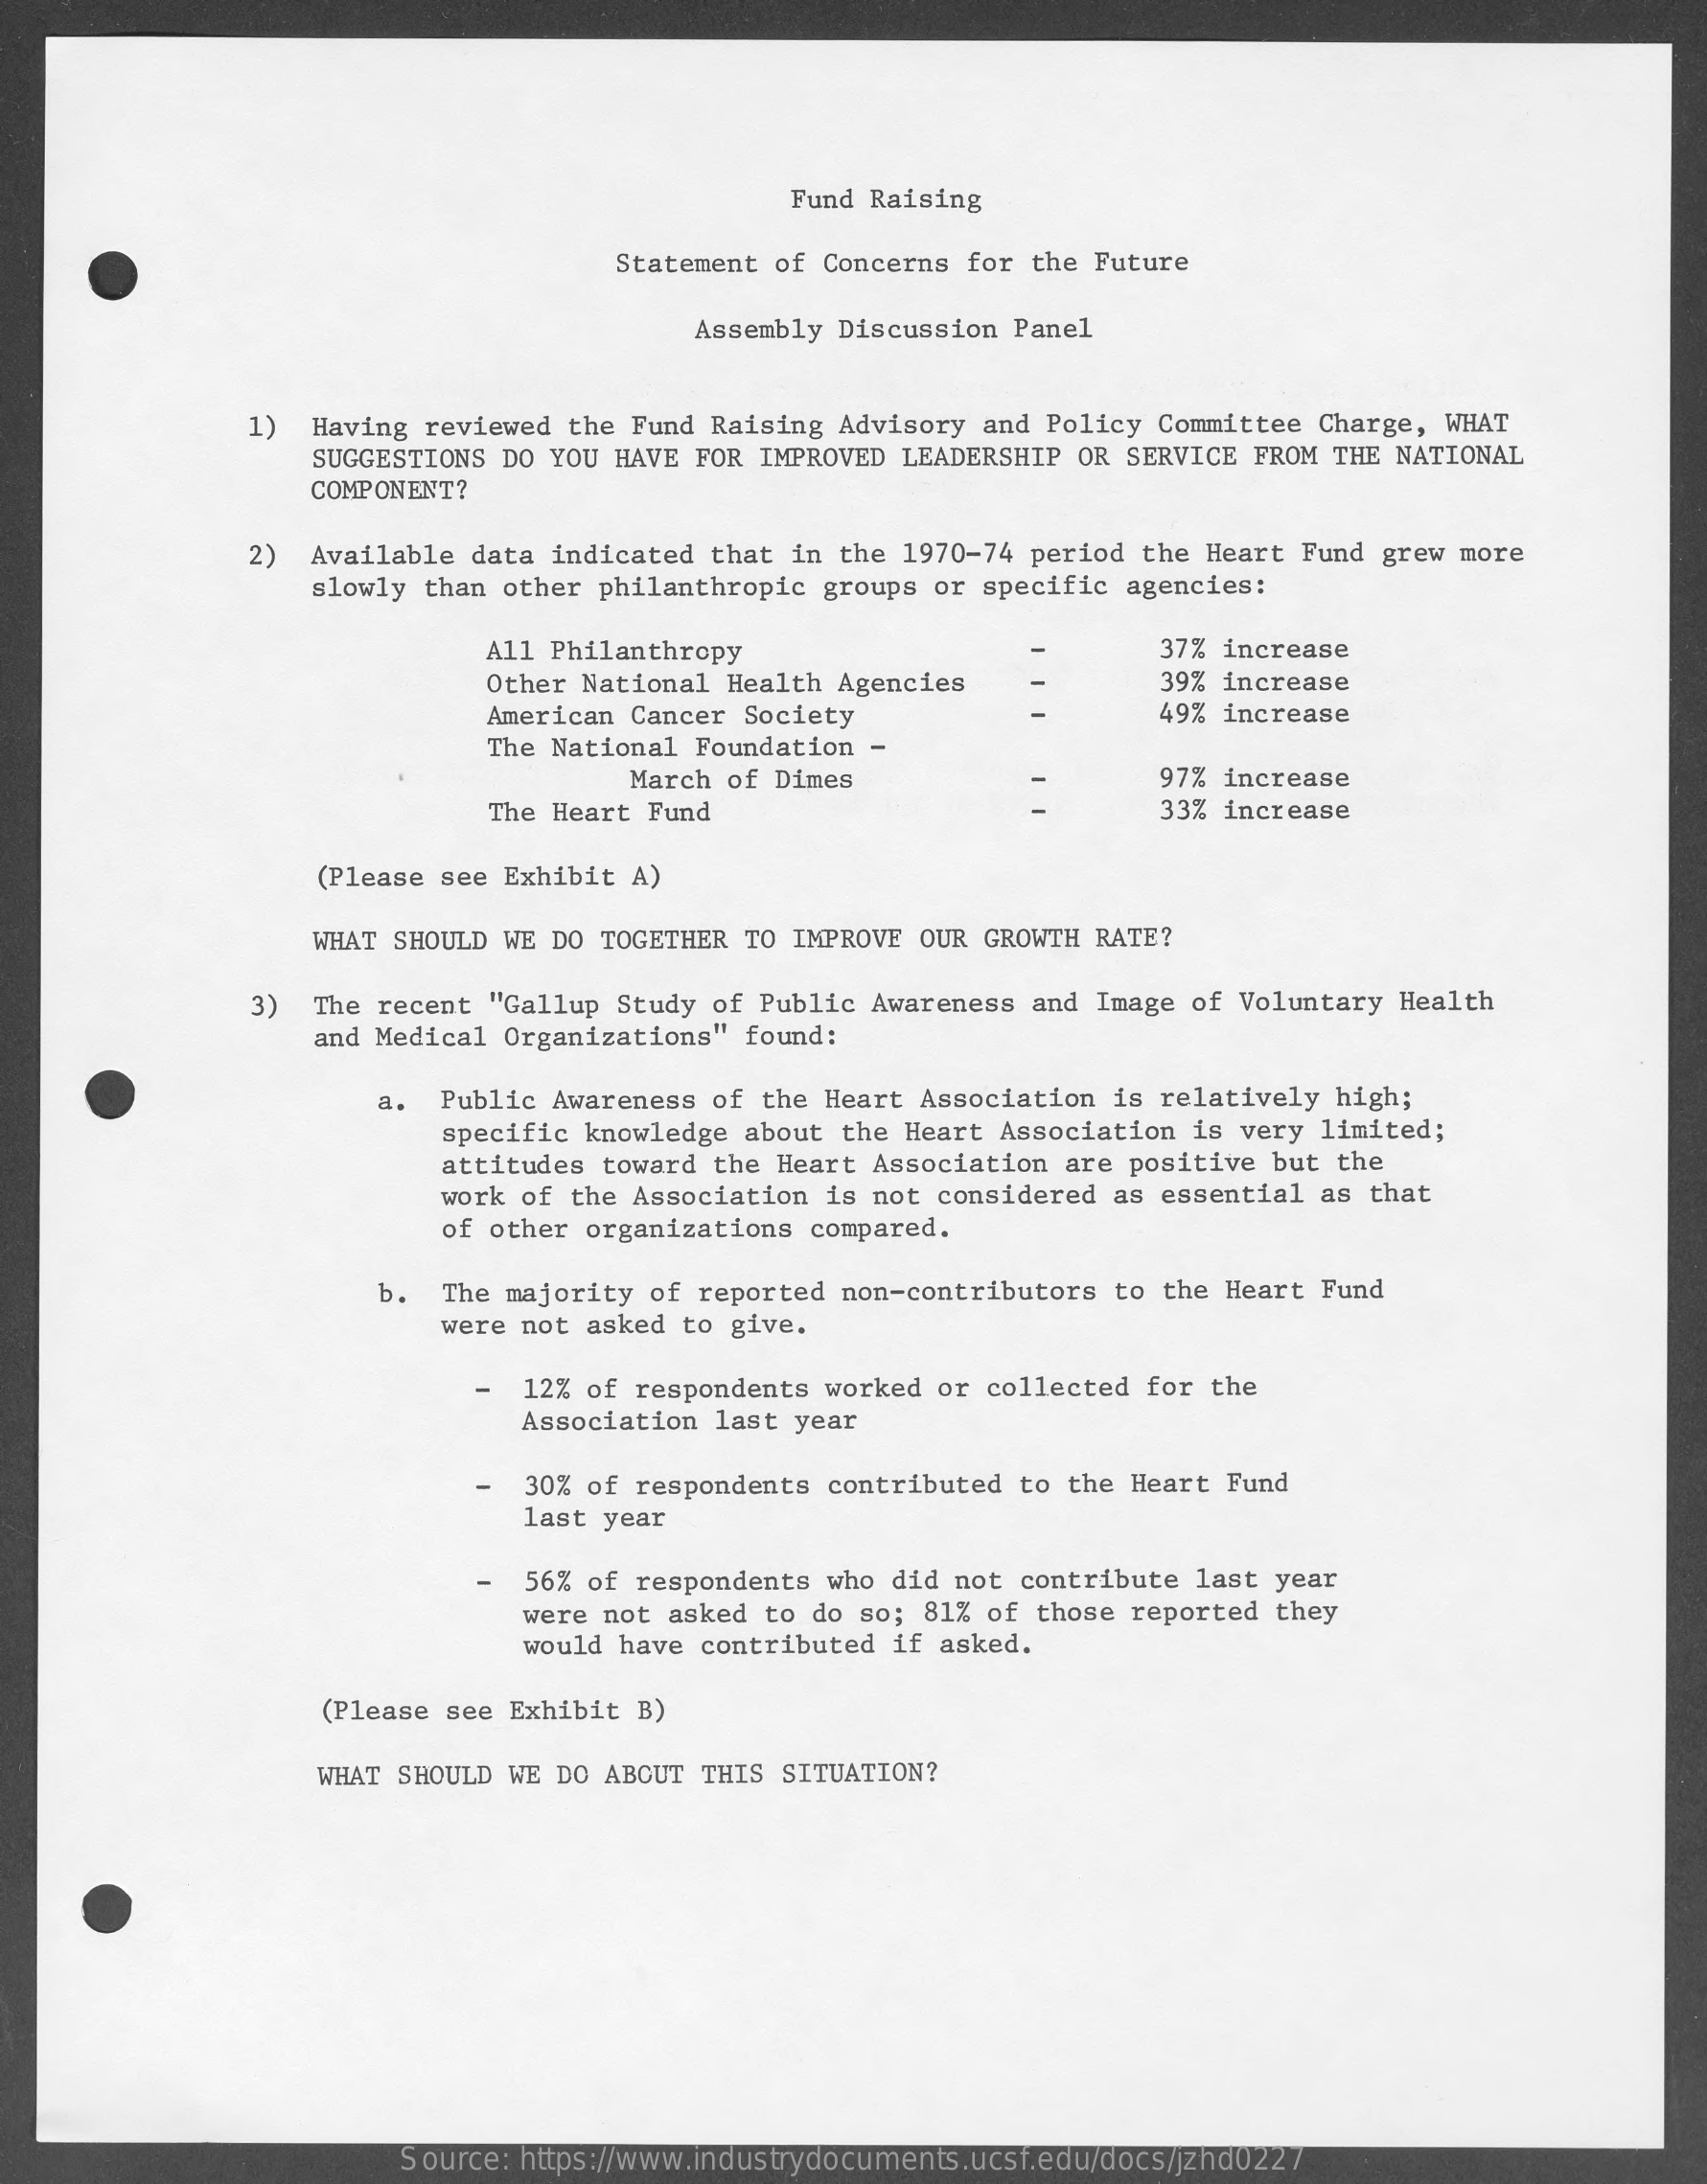
Fund Raising
     Statement of Concerns for the Future
     Assembly Discussion Panel
     1) Having reviewed the Fund Raising Advisory and Policy Committee Charge, WHAT
     SUGGESTIONS DO YOU HAVE FOR IMPROVED LEADERSHIP OR SERVICE FROM THE NATIONAL
     COMPONENT?
     2) Available data indicated that in the 1970-74 period the Heart Fund grew more
     slowly than other philanthropic groups or specific agencies:
     All Philanthropy    37% increase
     Other National Health Agencies    39% increase
     American Cancer Society    49% increase
     The National Foundation -
     March of Dimes    97% increase
     The Heart Fund    33% increase
     (Please see Exhibit A)
     WHAT SHOULD WE DO TOGETHER TO IMPROVE OUR GROWTH RATE?
     3) The recent "Gallup Study of Public Awareness and Image of Voluntary Health
     and Medical Organizations" found:
     a. Public Awareness of the Heart Association is relatively high;
     specific knowledge about the Heart Association is very limited;
     attitudes toward the Heart Association are positive but the
     work of the Association is not considered as essential as that
     of other organizations compared.
     b.  The majority of reported non-contributors to the Heart Fund
     were not asked to give.
     -  12% of respondents worked or collected for the
     Association last year
     30% of respondents contributed to the Heart Fund
     last year
     - 56% of respondents who did not contribute last year
     were not asked to do so; 81% of those reported they
     would have contributed if asked.
     (Please see Exhibit B)
     WHAT SHOULD WE DO ABOUT THIS SITUATION?
     Source: https://www.industrydocuments.ucsf.edu/docs/jzhd0227